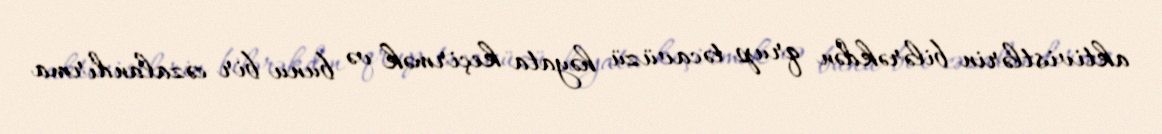
aktivistlərin bilərəkdən qrup təcavüzü həyata keçirmək və bunu bir cəzalandırma